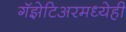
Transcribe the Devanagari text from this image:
गॅझेटिअरमध्येही